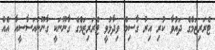
ޓެރަރިޒަމްގެ ދައުވާ ކުރި އިރު ގާސިމް ވިދާޅުވީ ޓެރަރިޒަމްގެ ގާނޫނަކީ ގާނޫނުއަސާސީއާ އެއް